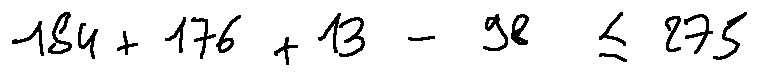
1 8 4 + 1 7 6 + 1 3 - 9 8 \leq 2 7 5